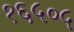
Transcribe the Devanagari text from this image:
१६५०५